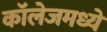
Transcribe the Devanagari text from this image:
कॉलेजमध्‍ये